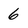
Character: 6